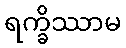
ရက္ခိဿာမ